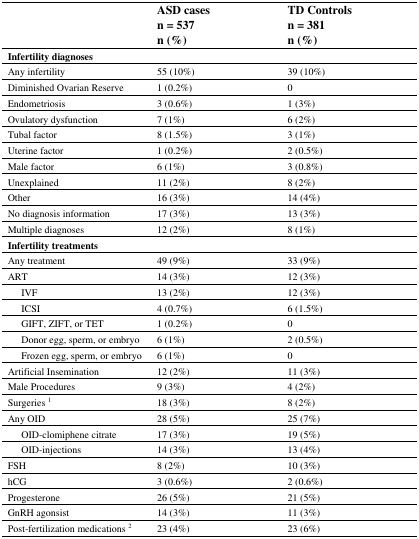
|  | ASD casesn = 537n (%) | TD Controlsn = 381n (%) |
 | --- | --- | --- |
 | Infertility diagnoses | <COLSPAN=3>  |
 | Any infertility | 55 (10%) | 39 (10%) |
 | Diminished Ovarian Reserve | 1 (0.2%) | 0 |
 | Endometriosis | 3 (0.6%) | 1 (3%) |
 | Ovulatory dysfunction | 7 (1%) | 6 (2%) |
 | Tubal factor | 8 (1.5%) | 3 (1%) |
 | Uterine factor | 1 (0.2%) | 2 (0.5%) |
 | Male factor | 6 (1%) | 3 (0.8%) |
 | Unexplained | 11 (2%) | 8 (2%) |
 | Other | 16 (3%) | 14 (4%) |
 | No diagnosis information | 17 (3%) | 13 (3%) |
 | Multiple diagnoses | 12 (2%) | 8 (1%) |
 | Infertility treatments |  |  |
 | Any treatment | 49 (9%) | 33 (9%) |
 | ART | 14 (3%) | 12 (3%) |
 | IVF | 13 (2%) | 12 (3%) |
 | ICSI | 4 (0.7%) | 6 (1.5%) |
 | GIFT, ZIFT, or TET | 1 (0.2%) | 0 |
 | Donor egg, sperm, or embryo | 6 (1%) | 2 (0.5%) |
 | Frozen egg, sperm, or embryo | 6 (1%) | 0 |
 | Artificial Insemination | 12 (2%) | 11 (3%) |
 | Male Procedures | 9 (3%) | 4 (2%) |
 | Surgeries 1 | 18 (3%) | 8 (2%) |
 | Any OID | 28 (5%) | 25 (7%) |
 | OID-clomiphene citrate | 17 (3%) | 19 (5%) |
 | OID-injections | 14 (3%) | 13 (4%) |
 | FSH | 8 (2%) | 10 (3%) |
 | hCG | 3 (0.6%) | 2 (0.6%) |
 | Progesterone | 26 (5%) | 21 (5%) |
 | GnRH agonsist | 14 (3%) | 11 (3%) |
 | Post-fertilization medications 2 | 23 (4%) | 23 (6%) |